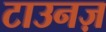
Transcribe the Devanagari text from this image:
टाउनज़